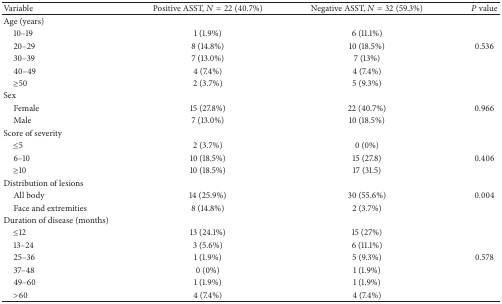
| Variable | Positive ASST, N = 22 (40.7%) | Negative ASST, N = 32 (59.3%) | P value |
 | --- | --- | --- | --- |
 | Age (years) |  |  |  |
 | 10–19 | 1 (1.9%) | 6 (11.1%) |  |
 | 20–29 | 8 (14.8%) | 10 (18.5%) | 0.536 |
 | 30–39 | 7 (13.0%) | 7 (13%) |  |
 | 40–49 | 4 (7.4%) | 4 (7.4%) |  |
 | ≥50 | 2 (3.7%) | 5 (9.3%) |  |
 | Sex |  |  |  |
 | Female | 15 (27.8%) | 22 (40.7%) | 0.966 |
 | Male | 7 (13.0%) | 10 (18.5%) |  |
 | Score of severity |  |  |  |
 | ≤5 | 2 (3.7%) | 0 (0%) |  |
 | 6–10 | 10 (18.5%) | 15 (27.8) | 0.406 |
 | ≥10 | 10 (18.5%) | 17 (31.5) |  |
 | Distribution of lesions |  |  |  |
 | All body | 14 (25.9%) | 30 (55.6%) | 0.004 |
 | Face and extremities | 8 (14.8%) | 2 (3.7%) |  |
 | Duration of disease (months) |  |  |  |
 | ≤12 | 13 (24.1%) | 15 (27%) |  |
 | 13–24 | 3 (5.6%) | 6 (11.1%) |  |
 | 25–36 | 1 (1.9%) | 5 (9.3%) | 0.578 |
 | 37–48 | 0 (0%) | 1 (1.9%) |  |
 | 49–60 | 1 (1.9%) | 1 (1.9%) |  |
 | >60 | 4 (7.4%) | 4 (7.4%) |  |